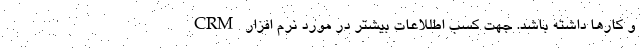
و کارها داشته باشد. جهت کسب اطللاعات بیشتر در مورد نرم افزار CRM